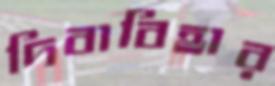
দিবাবিহার